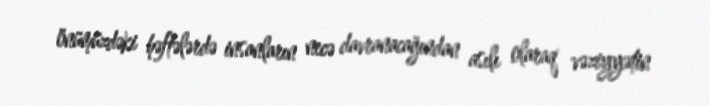
önümüzdəki həftələrdə insanların necə davranacağından asılı olaraq vəziyyətin